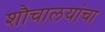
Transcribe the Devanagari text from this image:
शौचालयांचा